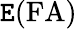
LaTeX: \mathtt{E}(\mathrm{{FA}})